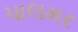
પાલમર